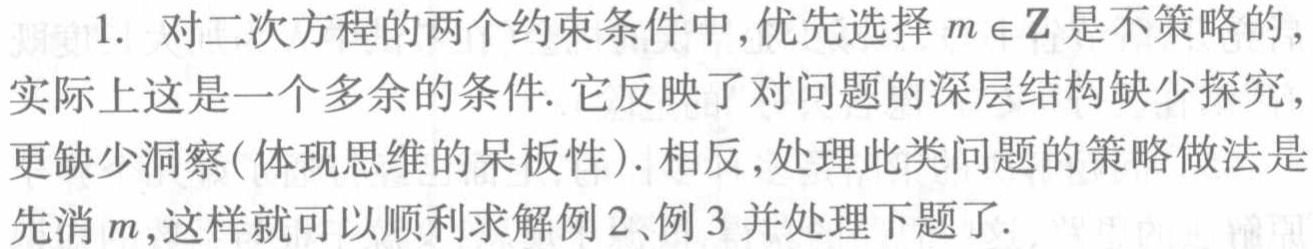
1. 对二次方程的两个约束条件中,优先选择\(m\in\mathbb{Z}\)是不策略的，实际上这是一个多余的条件. 它反映了对问题的深层结构缺少探究，更缺少洞察(体现思维的呆板性). 相反,处理此类问题的策略做法是先消\(m\),这样就可以顺利求解例2、例3并处理下题了.